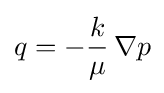
q=-{\frac {k}{\mu }}\,\nabla p